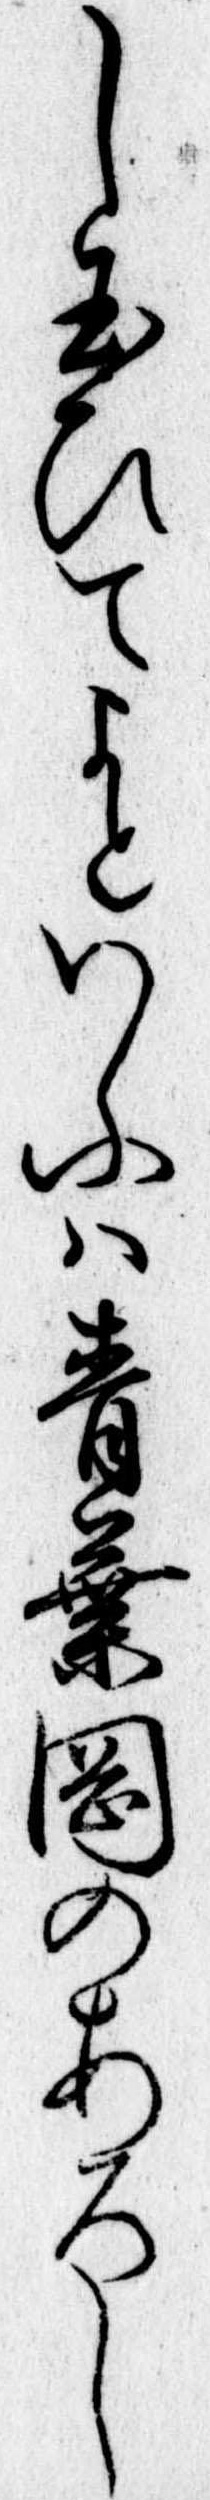
し給ひてよといふは青葉岡のあろし